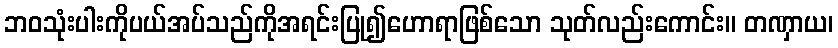
ဘဝသုံးပါးကိုပယ်အပ်သည်ကိုအရင်းပြု၍ဟောရာဖြစ်သော သုတ်လည်းကောင်း။ တဏှာယ၊